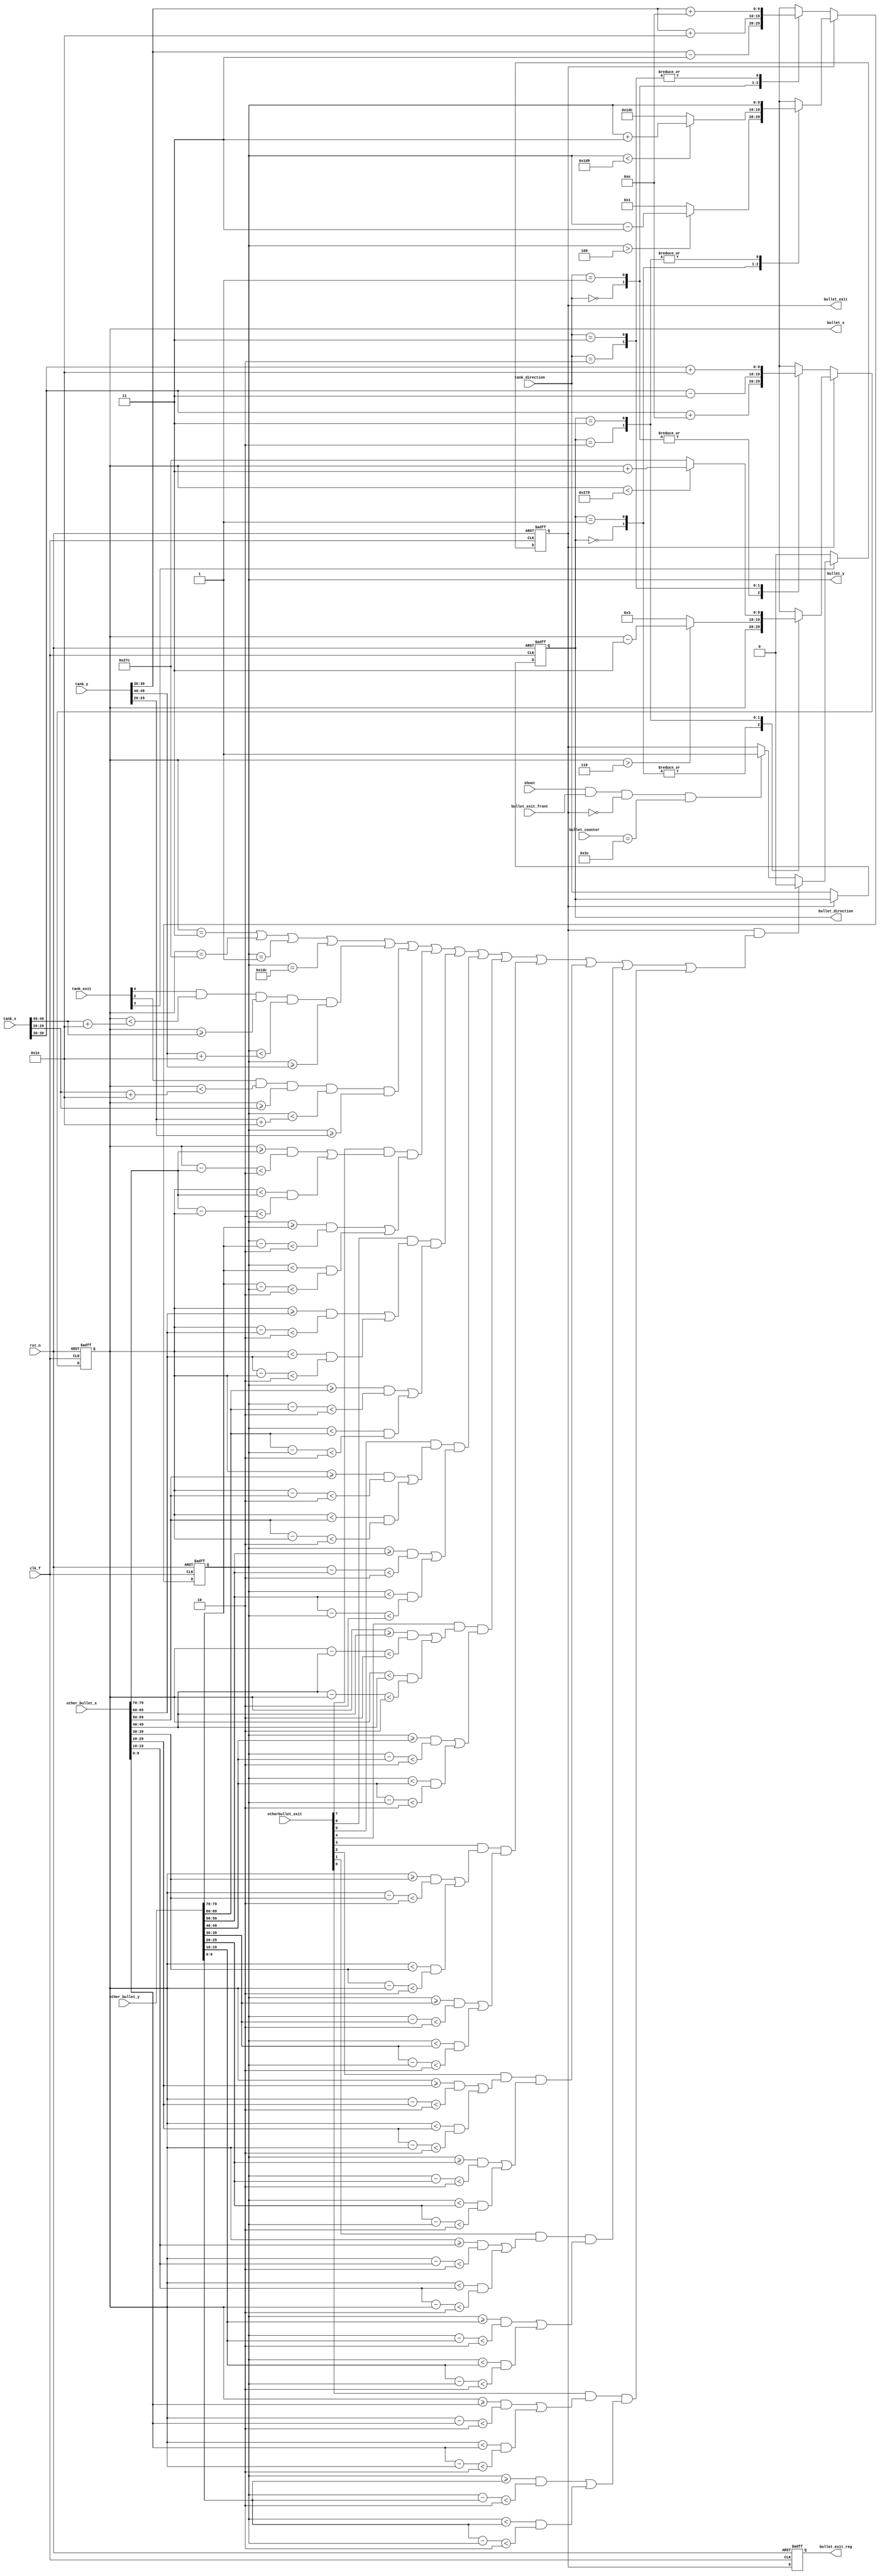
module enermy1bullet(//[39:30]
input clk_f,
input rst_n,
input shoot,
input wire [4:0] tank_exit,
input [1:0] tank_direction,
input bullet_exit_front,
input [49:0] tank_x,
input [49:0] tank_y,
input [5:0] bullet_counter,
input [79:0] other_bullet_x,
input [79:0] other_bullet_y,
input [7:0] otherbullet_exit,
output reg bullet_exit,
output reg bullet_exit_reg,
output reg [1:0] bullet_direction,
output reg [9:0] bullet_x,
output reg [9:0] bullet_y
);

always@(posedge clk_f,negedge rst_n)//
//
	begin
		if(~rst_n)
			bullet_exit<=1'b0;
		else if(~tank_exit[3])
			bullet_exit<=1'b0;
		else if(bullet_exit && (bullet_x==10'd3 || bullet_x==10'd636 || bullet_y == 10'd1 || bullet_y == 10'd476 || //bullet_exitreg
		(tank_exit[4]&& ((bullet_x)<tank_x[40+:10]+10'd30 )&&((bullet_x)>=tank_x[40+:10])&& ((bullet_y)<tank_y[40+:10]+10'd30 ) && ((bullet_y)>=tank_y[40+:10] ))||
		(tank_exit[2]&& ((bullet_x)<tank_x[20+:10]+10'd30 )&&((bullet_x)>=tank_x[20+:10])&& ((bullet_y)<tank_y[20+:10]+10'd30 ) && ((bullet_y)>=tank_y[20+:10] ))||
					(otherbullet_exit[7]&& (  (bullet_x>=other_bullet_x[79:70] &&(bullet_x-other_bullet_x[79:70])<10'd2)||(bullet_x<other_bullet_x[79:70] &&(other_bullet_x[79:70]-bullet_x)<10'd2) )&&( (bullet_y>=other_bullet_y[79:70] &&(bullet_y-other_bullet_y[79:70])<10'd2)|| (bullet_y<other_bullet_y[79:70] &&(other_bullet_y[79:70]-bullet_y)<10'd2)))||
					(otherbullet_exit[6]&& (  (bullet_x>=other_bullet_x[69:60] &&(bullet_x-other_bullet_x[69:60])<10'd2)||(bullet_x<other_bullet_x[69:60] &&(other_bullet_x[69:60]-bullet_x)<10'd2) )&&( (bullet_y>=other_bullet_y[69:60] &&(bullet_y-other_bullet_y[69:60])<10'd2)|| (bullet_y<other_bullet_y[69:60] &&(other_bullet_y[69:60]-bullet_y)<10'd2)))||
					(otherbullet_exit[5]&& (  (bullet_x>=other_bullet_x[59:50] &&(bullet_x-other_bullet_x[59:50])<10'd2)||(bullet_x<other_bullet_x[59:50] &&(other_bullet_x[59:50]-bullet_x)<10'd2) )&&( (bullet_y>=other_bullet_y[59:50] &&(bullet_y-other_bullet_y[59:50])<10'd2)|| (bullet_y<other_bullet_y[59:50] &&(other_bullet_y[59:50]-bullet_y)<10'd2)))||
					(otherbullet_exit[4]&& (  (bullet_x>=other_bullet_x[49:40] &&(bullet_x-other_bullet_x[49:40])<10'd2)||(bullet_x<other_bullet_x[49:40] &&(other_bullet_x[49:40]-bullet_x)<10'd2) )&&( (bullet_y>=other_bullet_y[49:40] &&(bullet_y-other_bullet_y[49:40])<10'd2)|| (bullet_y<other_bullet_y[49:40] &&(other_bullet_y[49:40]-bullet_y)<10'd2)))||
					(otherbullet_exit[3]&& (  (bullet_x>=other_bullet_x[39:30] &&(bullet_x-other_bullet_x[39:30])<10'd2)||(bullet_x<other_bullet_x[39:30] &&(other_bullet_x[39:30]-bullet_x)<10'd2) )&&( (bullet_y>=other_bullet_y[39:30] &&(bullet_y-other_bullet_y[39:30])<10'd2)|| (bullet_y<other_bullet_y[39:30] &&(other_bullet_y[39:30]-bullet_y)<10'd2)))||
					(otherbullet_exit[2]&& (  (bullet_x>=other_bullet_x[29:20] &&(bullet_x-other_bullet_x[29:20])<10'd2)||(bullet_x<other_bullet_x[29:20] &&(other_bullet_x[29:20]-bullet_x)<10'd2) )&&( (bullet_y>=other_bullet_y[29:20] &&(bullet_y-other_bullet_y[29:20])<10'd2)|| (bullet_y<other_bullet_y[29:20] &&(other_bullet_y[29:20]-bullet_y)<10'd2)))||
					(otherbullet_exit[1]&& (  (bullet_x>=other_bullet_x[19:10] &&(bullet_x-other_bullet_x[19:10])<10'd2)||(bullet_x<other_bullet_x[19:10] &&(other_bullet_x[19:10]-bullet_x)<10'd2) )&&( (bullet_y>=other_bullet_y[19:10] &&(bullet_y-other_bullet_y[19:10])<10'd2)|| (bullet_y<other_bullet_y[19:10] &&(other_bullet_y[19:10]-bullet_y)<10'd2)))||
					(otherbullet_exit[0]&& (  (bullet_x>=other_bullet_x[9:0] &&(bullet_x-other_bullet_x[9:0])<10'd2)||(bullet_x<other_bullet_x[9:0] &&(other_bullet_x[9:0]-bullet_x)<10'd2) )&&( (bullet_y>=other_bullet_y[9:0] &&(bullet_y-other_bullet_y[9:0])<10'd2)|| (bullet_y<other_bullet_y[9:0] &&(other_bullet_y[9:0]-bullet_y)<10'd2)))

		))
			bullet_exit<=1'b0;
		else if(shoot && bullet_exit_front && ~bullet_exit &&bullet_counter==6'd60)
			bullet_exit<=1'b1;
		//else if(shoot && bullet_exit[24] && ~bullet_exit[23])
		//	bullet_exit[23]<=1'b1;
	end
	



always@(posedge clk_f,negedge rst_n)//
begin
	if(~rst_n)
		bullet_exit_reg<=1'b1;
	else
		bullet_exit_reg<= bullet_exit;			
end

//----------------------------------------------------------------------BULLET_0 direction------------------
always@(posedge clk_f, negedge rst_n)
	if(~rst_n)
		bullet_direction<=2'b0;
	else if(!bullet_exit)
		bullet_direction<= tank_direction;
		
//----------------------------------------------------------------------BULLET_0 X
always@(posedge clk_f,negedge rst_n)
	if(~rst_n)
		bullet_x<=10'd30;
	else if(!bullet_exit)
		begin
			case(tank_direction)
				2'b00:	bullet_x<=tank_x[30+:10]+10'd14;
				2'b01:	bullet_x<=tank_x[30+:10]+10'd14;
				2'b10:	bullet_x<=tank_x[30+:10]-10'd3;
				2'b11:	bullet_x<=tank_x[30+:10]+10'd30;
			endcase
		end	
	else if(bullet_exit)
		begin
			case(bullet_direction)
				2'b00: bullet_x<=bullet_x;
				2'b01: bullet_x<=bullet_x;
				2'b10: begin
					if(bullet_x>10'd6)
						bullet_x<=bullet_x-10'd3;
					else
						bullet_x<=10'd3;
					end
				
				2'b11: begin
							if(bullet_x < 10'd633)//10'd639-10'd2-1
								bullet_x<=bullet_x+10'd3;
							else
								bullet_x<=10'd636;
						end
				
				endcase
		end
//----------------------------------------------------------------------BULLET_0 Y
always@(posedge clk_f,negedge rst_n)
	if(~rst_n)
		bullet_y<=10'd30;
	else if(!bullet_exit)
			case(tank_direction)
				2'b00:	bullet_y<=tank_y[30+:10]-10'd3;
				2'b01:	bullet_y<=tank_y[30+:10]+10'd30;
				2'b10:	bullet_y<=tank_y[30+:10]+10'd14;
				2'b11:	bullet_y<=tank_y[30+:10]+10'd14;
			endcase
		
	else if(bullet_exit)
		begin
			case(bullet_direction)
				2'b00: begin
							if(bullet_y >10'd4)//10'd479-10'd2-1
								bullet_y<=bullet_y-10'd3;
							else
								bullet_y<=10'd1;
						end
				2'b01: begin
							if(bullet_y<10'd473)
								bullet_y<=bullet_y+10'd3;
							else
								bullet_y<=10'd476;
						end
				2'b10: bullet_y<=bullet_y;
				2'b11: bullet_y<=bullet_y;
				endcase
		end
	


endmodule